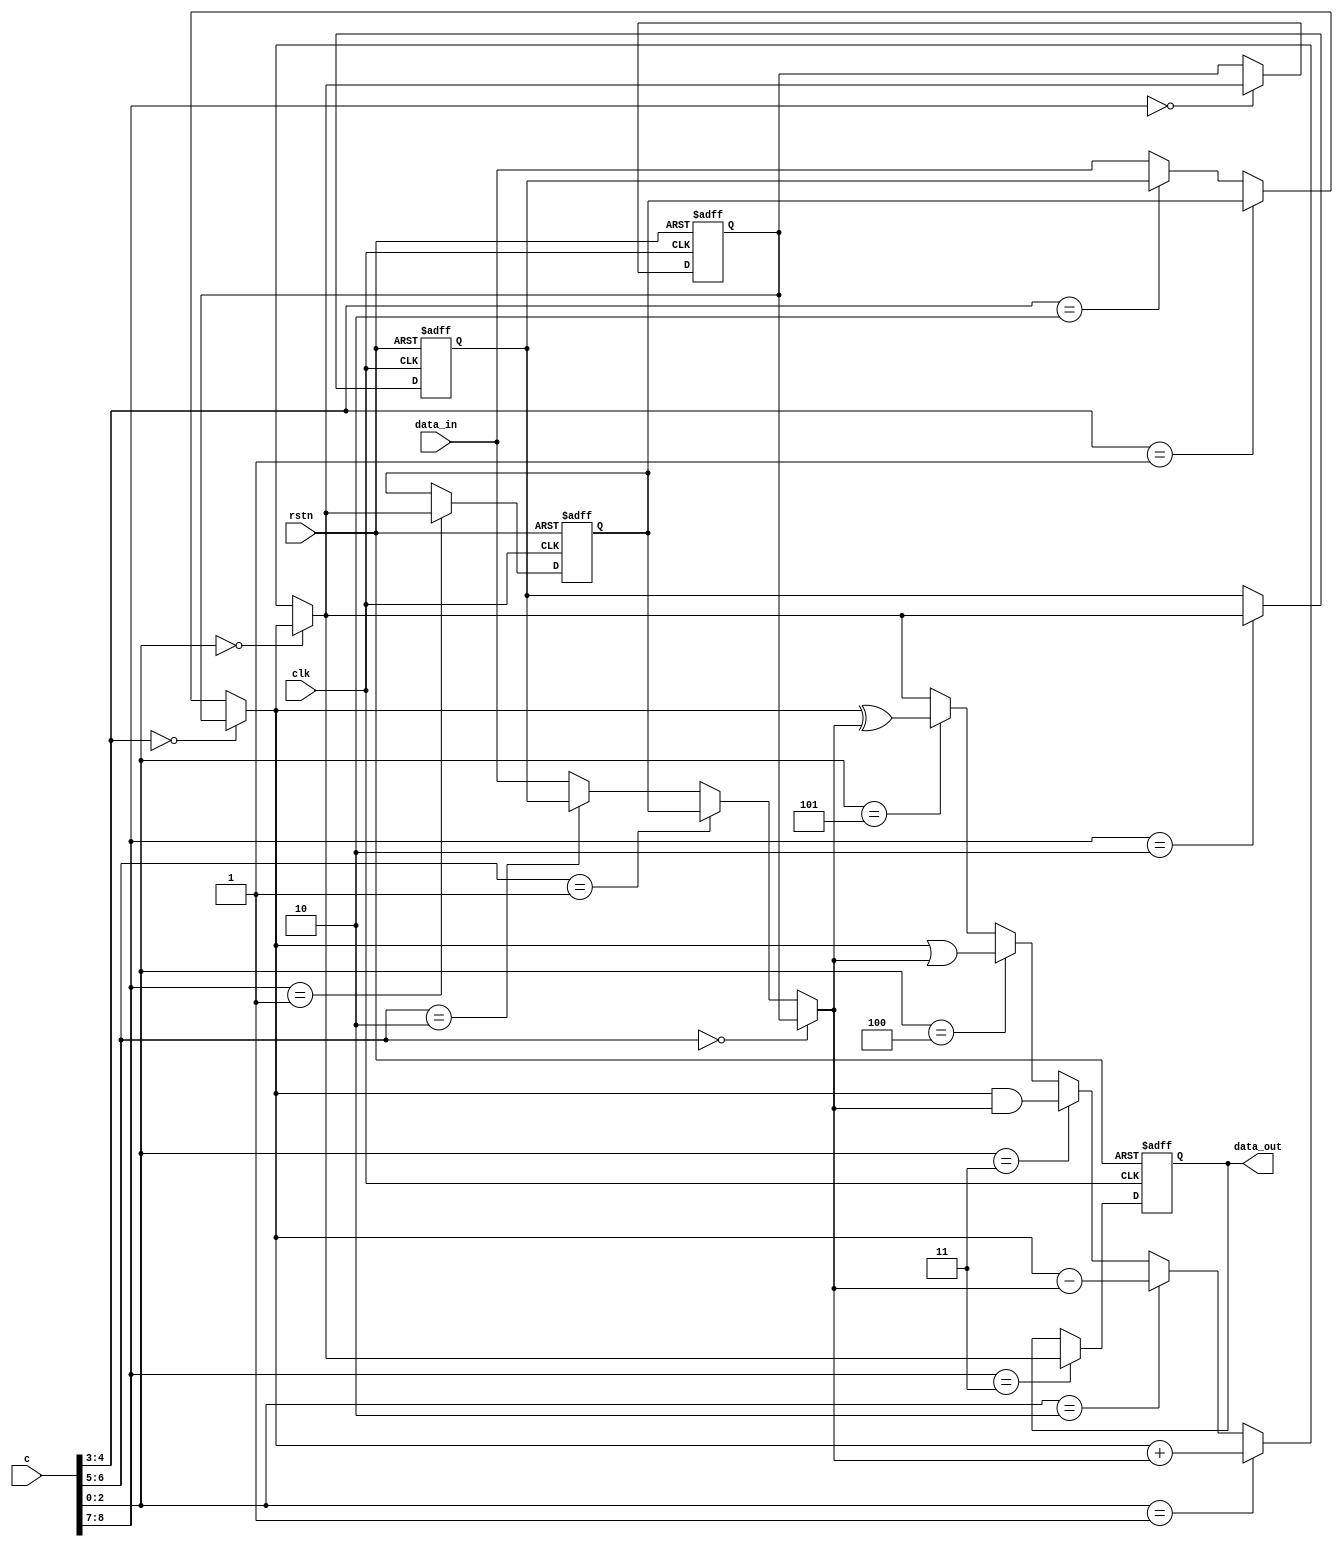
`timescale 1 ns/1 ns


module MPU( clk, c, rstn, data_in, data_out);
	input 	clk, rstn;
	input   [7:0] data_in;
	input   [8:0] c;
	output  [7:0] data_out;

	reg		[7:0] r0, r1, r2, r_out;
	wire	[7:0] src_a, src_b, dest;
	
	assign data_out = r_out;
	
	always@(posedge clk or negedge rstn) //demux
	begin 
		if(!rstn)begin
			r0 		<= 'h00;
			r1 		<= 'h00;
			r2 		<= 'h00;
			r_out	<= 'h00;
			end
		else begin
			case({c[8],c[7]})
			2'b00 : r0 <= dest;
			2'b01 : r1 <= dest;
			2'b10 : r2 <= dest;
			2'b11 : r_out <= dest;
			//default : dest <= dest;
			endcase
			
		     end
	end
	
	assign src_a = ({c[4],c[3]}== 2'b00)? r0 :
				   ({c[4],c[3]}== 2'b01)? r1 :
				   ({c[4],c[3]}== 2'b10)? r2 : data_in;
	
	assign src_b = ({c[6],c[5]}== 2'b00)? r0 :
				   ({c[6],c[5]}== 2'b01)? r1 :
				   ({c[6],c[5]}== 2'b10)? r2 : data_in;
				   
	assign dest  = ({c[2],c[1],c[0]}== 3'b000)? src_a :
				   ({c[2],c[1],c[0]}== 3'b001)? src_a + src_b :
				   ({c[2],c[1],c[0]}== 3'b010)? src_a - src_b : 
				   ({c[2],c[1],c[0]}== 3'b011)? src_a & src_b :
				   ({c[2],c[1],c[0]}== 3'b100)? src_a | src_b :
				   ({c[2],c[1],c[0]}== 3'b101)? src_a ^ src_b : dest;

endmodule